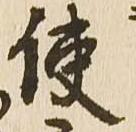
使